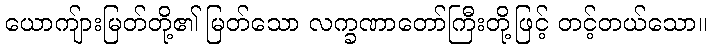
ယောကျ်ားမြတ်တို့၏ မြတ်သော လက္ခဏာတော်ကြီးတို့ဖြင့် တင့်တယ်သော။